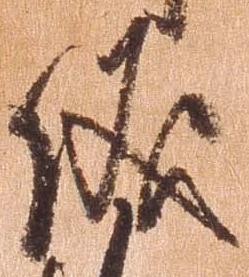
儀